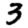
Digit: 3